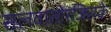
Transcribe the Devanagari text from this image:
सलवातोरजिसके